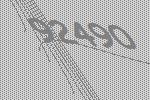
92490